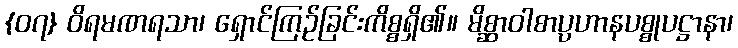
{၀၇} ဝိရမဏရသာ၊ ရှောင်ကြဉ်ခြင်းကိစ္စရှိ၏။ မိစ္ဆာဝါစာပ္ပဟာနပစ္စုပဋ္ဌာနာ၊